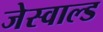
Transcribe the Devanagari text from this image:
जेस्वाल्ड